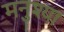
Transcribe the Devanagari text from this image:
मनुश्या